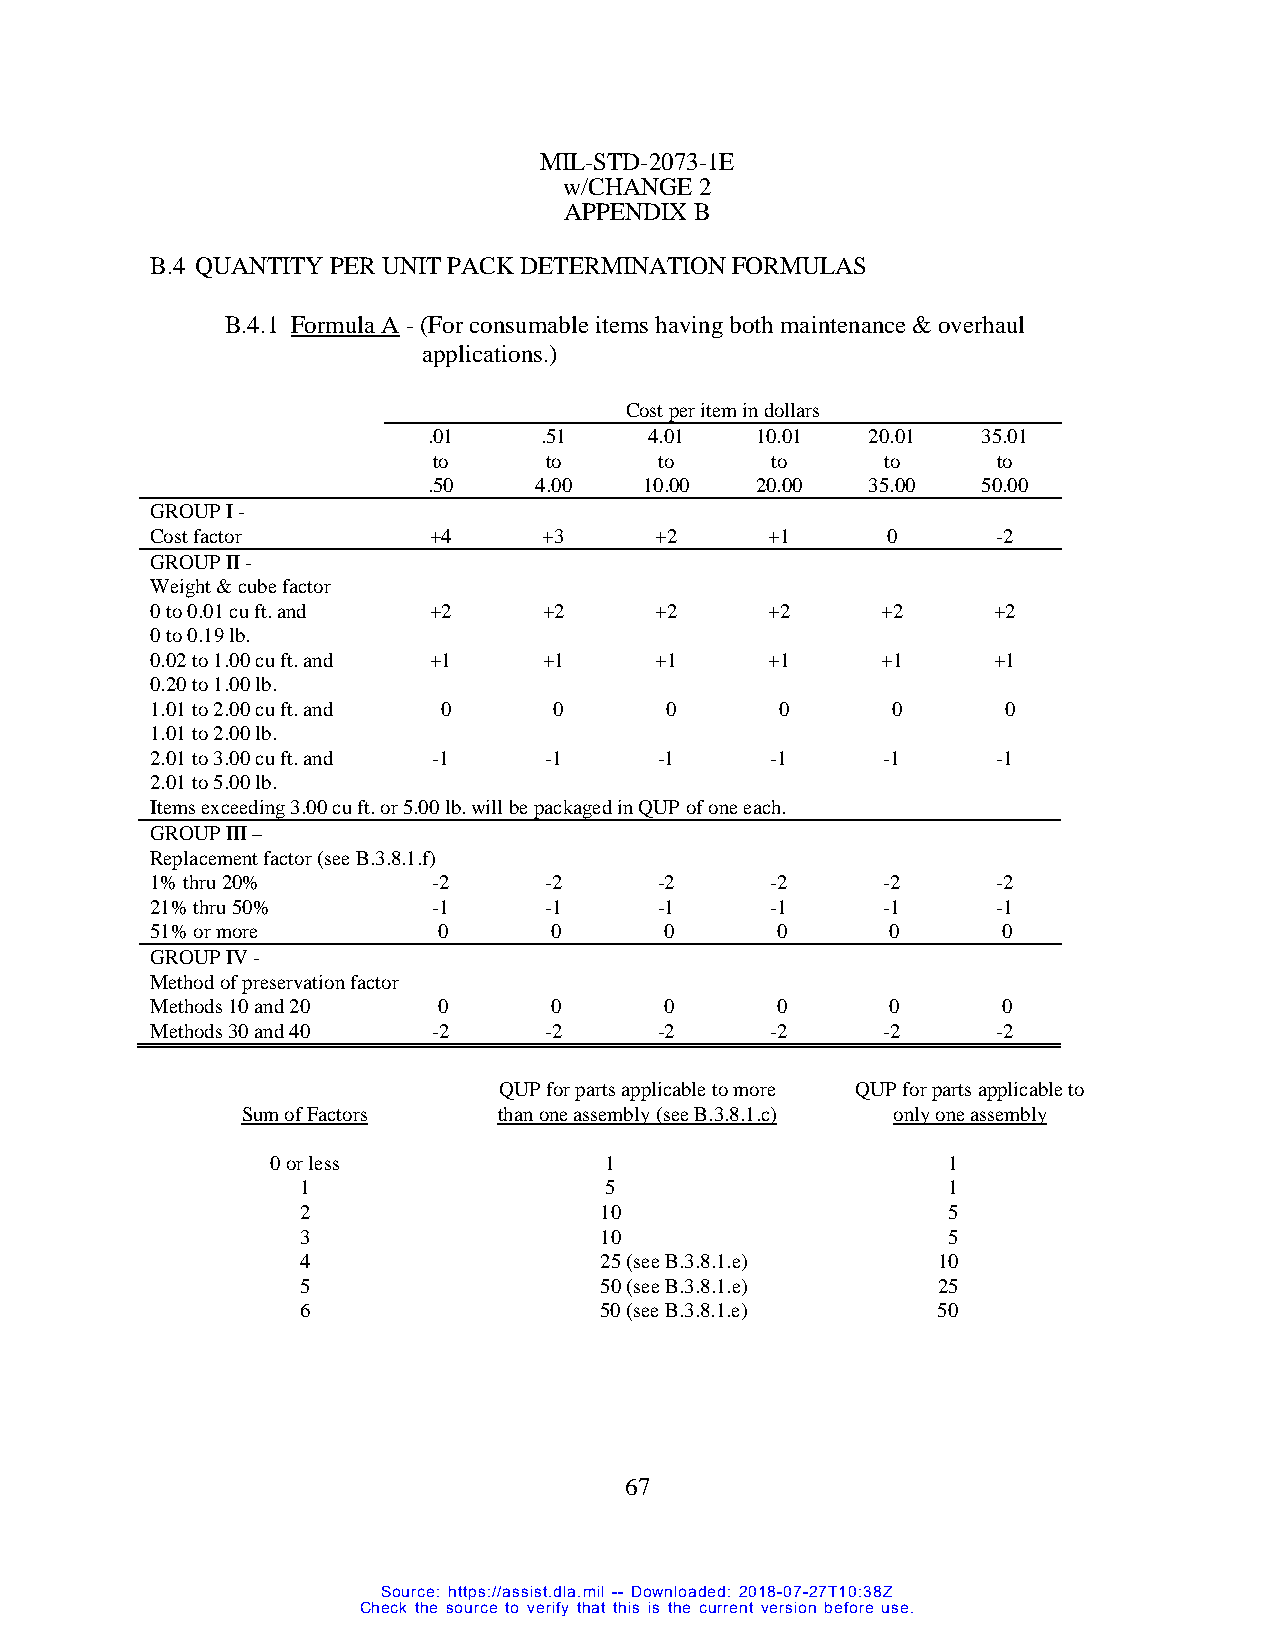
MIL-STD-2073-1E
 w/CHANGE 2
 APPENDIX B
 B.4 QUANTITY PER UNIT PACK DETERMINATION FORMULAS
 B.4.1 Formula A - (For consumable items having both maintenance & overhaul
 applications.)
 Cost per item in dollars
 .01     .51    4.01   10.01   20.01  35.01
 to     to      to     to      to     to
 .50    4.00    10.00  20.00   35.00  50.00
 GROUP I -
 Cost factor       +4      +3     +2      +1      0      -2
 GROUP II -
 Weight & cube factor
 0 to 0.01 cu ft. and +2   +2     +2      +2     +2      +2
 0 to 0.19 lb.
 0.02 to 1.00 cu ft. and +1 +1    +1      +1     +1      +1
 0.20 to 1.00 lb.
 1.01 to 2.00 cu ft. and 0  0      0       0      0       0
 1.01 to 2.00 lb.
 2.01 to 3.00 cu ft. and -1 -1     -1     -1     -1      -1
 2.01 to 5.00 lb.
 Items exceeding 3.00 cu ft. or 5.00 lb. will be packaged in QUP of one each.
 GROUP III –
 Replacement factor (see B.3.8.1.f)
 1% thru 20%        -2     -2      -2     -2     -2      -2
 21% thru 50%       -1     -1      -1     -1     -1      -1
 51% or more        0      0       0      0       0      0
 GROUP IV -
 Method of preservation factor
 Methods 10 and 20  0      0       0      0       0      0
 Methods 30 and 40  -2     -2      -2     -2     -2      -2
 QUP for parts applicable to more QUP for parts applicable to
 Sum of Factors   than one assembly (see B.3.8.1.c) only one assembly
 0 or less             1                      1
 1                   5                      1
 2                   10                     5
 3                   10                     5
 4                   25 (see B.3.8.1.e)    10
 5                   50 (see B.3.8.1.e)    25
 6                   50 (see B.3.8.1.e)    50
 67
 Source: https://assist.dla.mil -- Downloaded: 2018-07-27T10:38Z
 Check the source to verify that this is the current version before use.